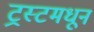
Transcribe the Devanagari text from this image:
ट्रस्टमधून